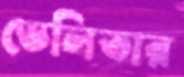
ডেলিভার